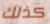
كذلك